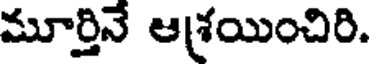
మూర్తినే ఆశ్రయించిరి.